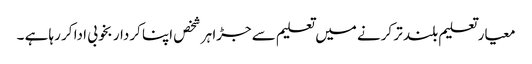
معیار تعلیم بلند تر کرنے میں تعلیم سے جڑا ہر شخص اپنا کردار بخوبی ادا کر رہا ہے ۔